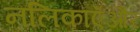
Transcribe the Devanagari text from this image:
नलिकाएँऔर